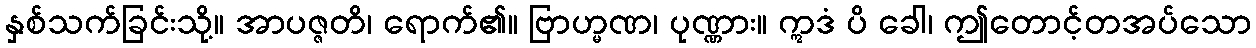
နှစ်သက်ခြင်းသို့။ အာပဇ္ဇတိ၊ ရောက်၏။ ဗြာဟ္မဏ၊ ပုဏ္ဏား။ ဣဒံ ပိ ခေါ၊ ဤတောင့်တအပ်သော